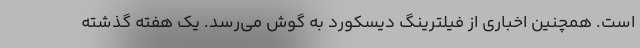
است. همچنین اخباری از فیلترینگ دیسکورد به گوش می‌رسد. یک هفته گذشته